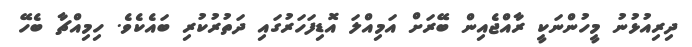
ދިރިއުޅުނު މީހުންނަކީ ރާއްޖެއިން ބޭރަށް އަމިއްލަ އޮޑިފަހަރުގައި ދަތުރުކުރި ބައެކެވެ. ހިމިއްޗާ ބެހޭ